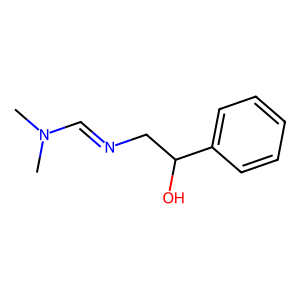
SMILES: CN(C)C=NCC(O)c1ccccc1
Inhibits HIV replication: No